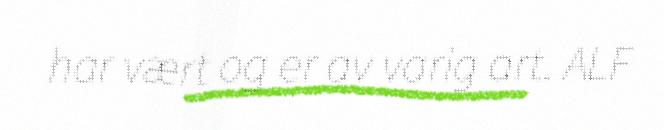
har vært og er av varig art. ALF